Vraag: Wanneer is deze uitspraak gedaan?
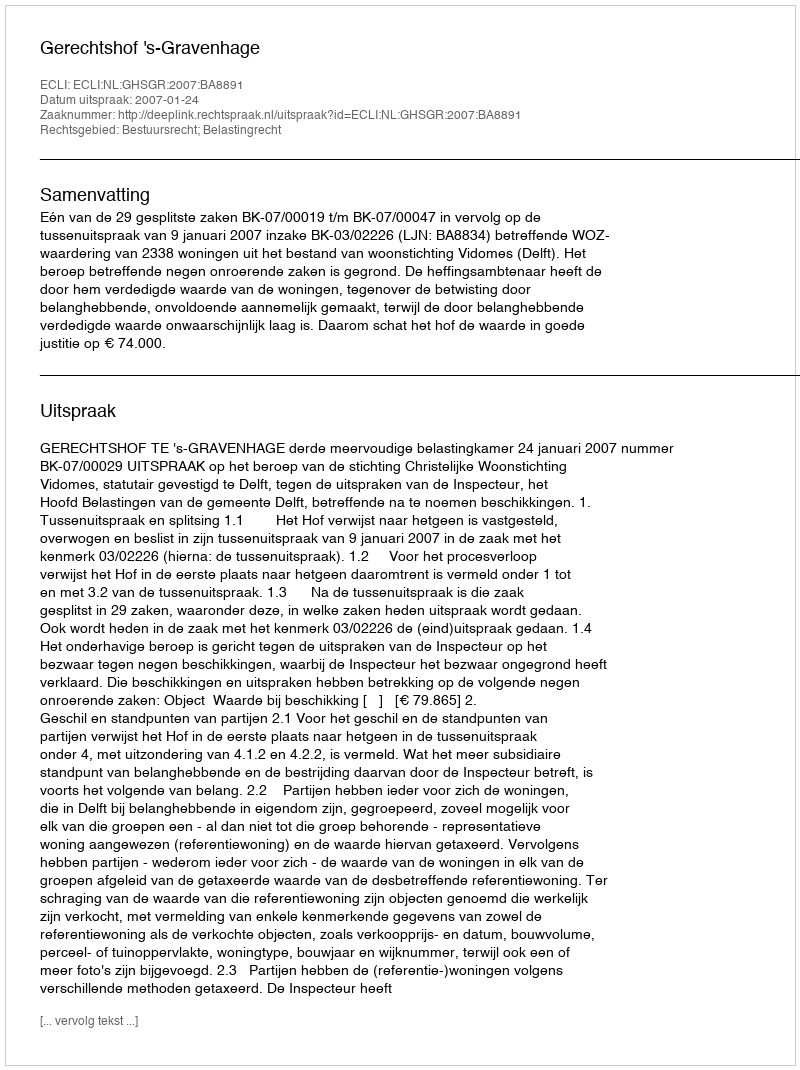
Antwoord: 2007-01-24